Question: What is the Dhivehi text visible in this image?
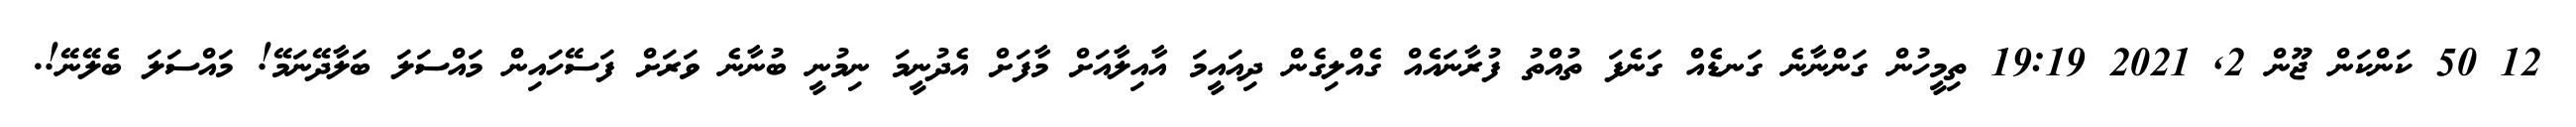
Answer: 12 50 ކަންކަން ޖޫން 2, 2021 19:19 ތިމީހުން ގަންނާނެ ގަނޑެއް ގަނެފަ ތުއްތު ފުރާނައެއް ގެއްލިގެން ދިއައީމަ އާއިލާއަށް މާފަށް އެދުނީމަ ނިމުނީ ބުނާނެ ވަރަށް ފަސޭހައިން މައްސަލަ ބަލާދޭނަމޭ! މައްސަލަ ބެލޭނޭ!.